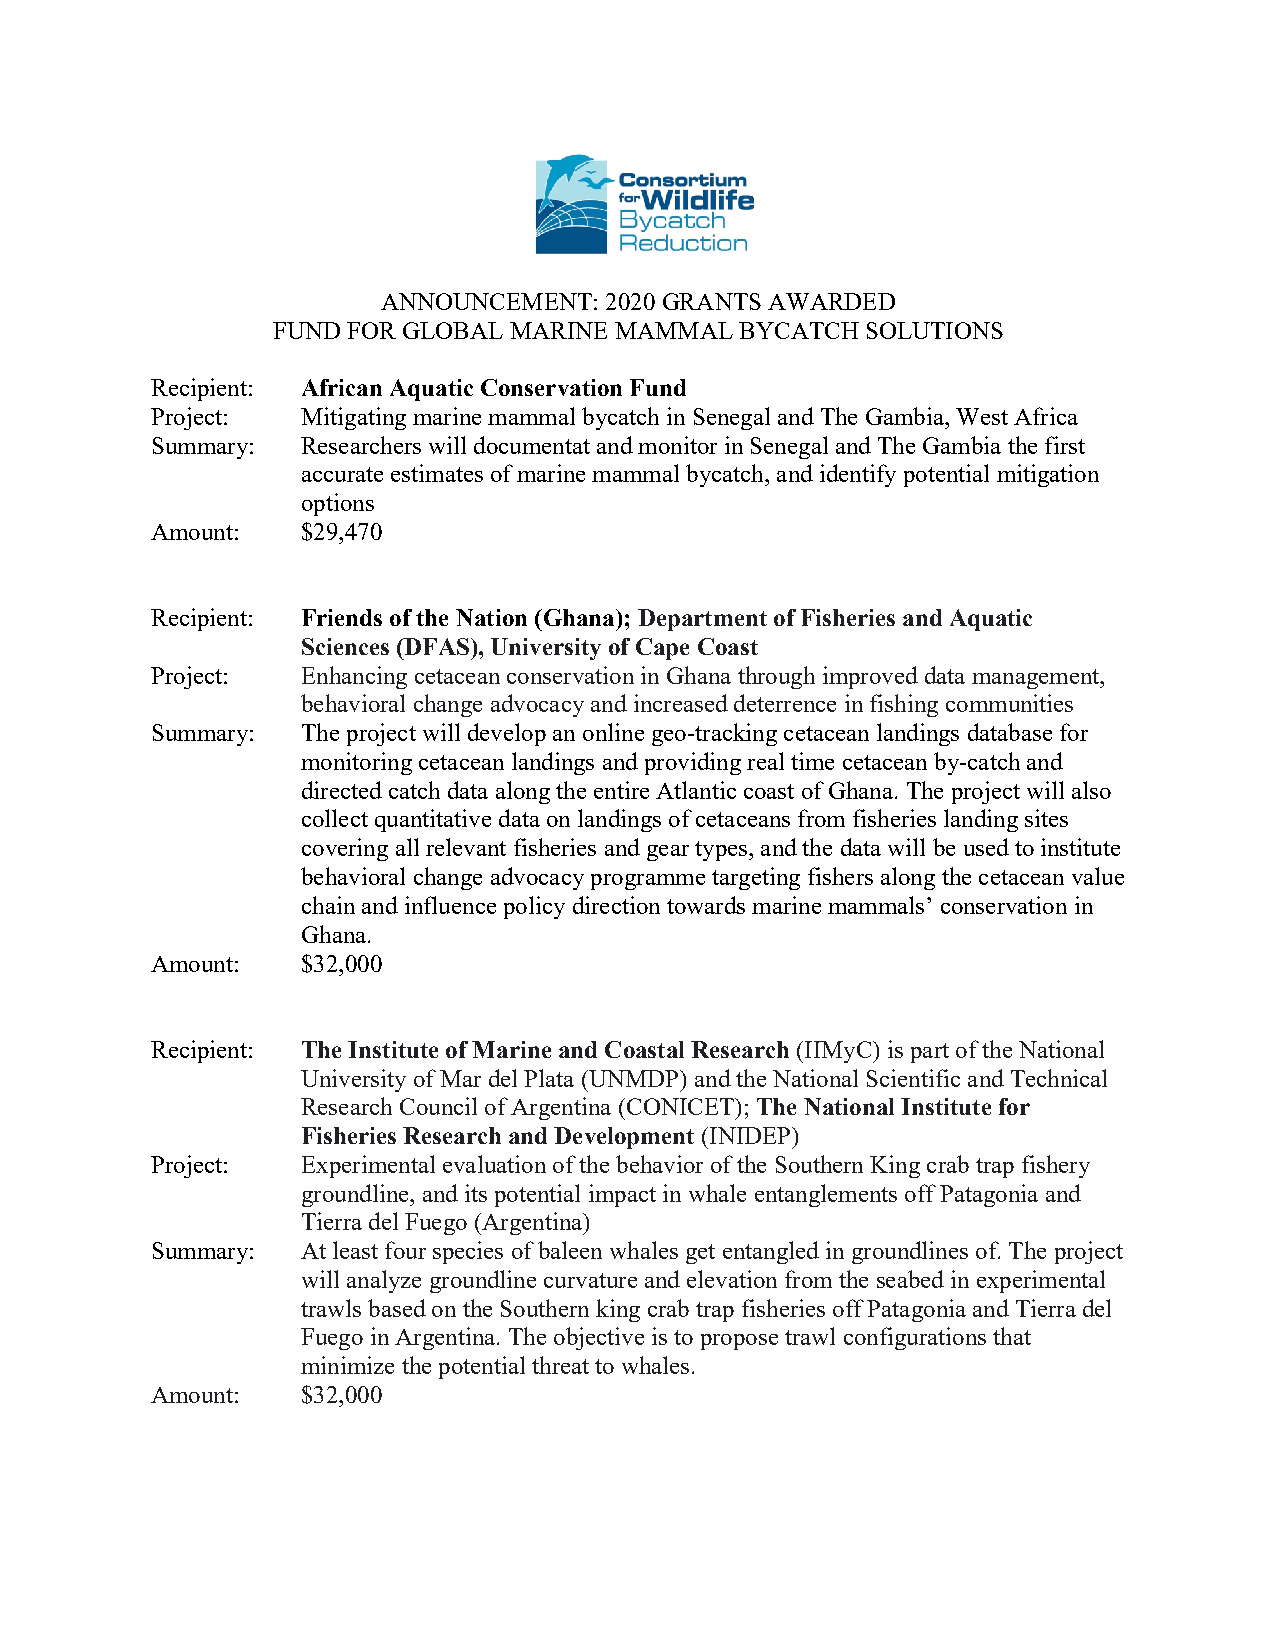
ANNOUNCEMENT:  2020 GRANTS AWARDED
 FUND FOR GLOBAL MARINE MAMMAL  BYCATCH SOLUTIONS
 Recipient: African Aquatic Conservation Fund
 Project:  Mitigating marine mammal bycatch in Senegal and The Gambia, West Africa
 Summary:  Researchers will documentat and monitor in Senegal and The Gambia the first
 accurate estimates of marine mammal bycatch, and identify potential mitigation
 options
 Amount:   $29,470
 Recipient: Friends of the Nation (Ghana); Department of Fisheries and Aquatic
 Sciences (DFAS), University of Cape Coast
 Project:  Enhancing cetacean conservation in Ghana through improved data management,
 behavioral change advocacy and increased deterrence in fishing communities
 Summary:  The project will develop an online geo-tracking cetacean landings database for
 monitoring cetacean landings and providing real time cetacean by-catch and
 directed catch data along the entire Atlantic coast of Ghana. The project will also
 collect quantitative data on landings of cetaceans from fisheries landing sites
 covering all relevant fisheries and gear types, and the data will be used to institute
 behavioral change advocacy programme targeting fishers along the cetacean value
 chain and influence policy direction towards marine mammals’ conservation in
 Ghana.
 Amount:   $32,000
 Recipient: The Institute of Marine and Coastal Research (IIMyC) is part of the National
 University of Mar del Plata (UNMDP) and the National Scientific and Technical
 Research Council of Argentina (CONICET); The National Institute for
 Fisheries Research and Development (INIDEP)
 Project:  Experimental evaluation of the behavior of the Southern King crab trap fishery
 groundline, and its potential impact in whale entanglements off Patagonia and
 Tierra del Fuego (Argentina)
 Summary:  At least four species of baleen whales get entangled in groundlines of. The project
 will analyze groundline curvature and elevation from the seabed in experimental
 trawls based on the Southern king crab trap fisheries off Patagonia and Tierra del
 Fuego in Argentina. The objective is to propose trawl configurations that
 minimize the potential threat to whales.
 Amount:   $32,000